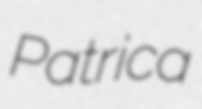
Patrica